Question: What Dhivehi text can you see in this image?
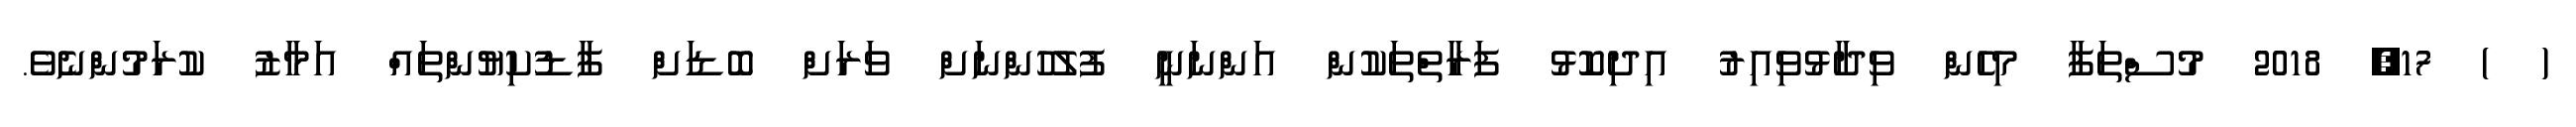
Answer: ( ) 17, 2018 މުސްތަފާ މިހެން ވިދާޅުވިއިރު އިދިކޮޅު ފަރާތްތަކުން އަންނަނީ ފުލުހުންނަށް ވަރަށް ބޮޑަށް ފާޑުކިޔުންތައް އަމާޒު ކުރަމުންނެވެ.